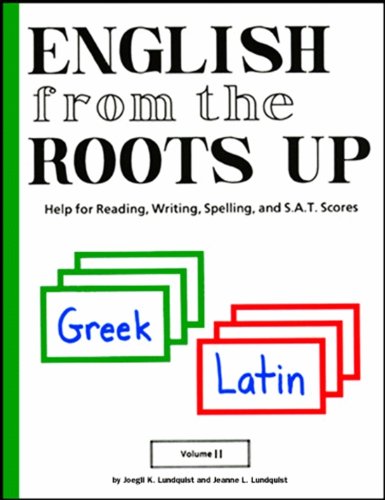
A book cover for English from the Roots Up Flashcards, Vol. 2; Joegil K. Lundquist; Test Preparation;